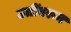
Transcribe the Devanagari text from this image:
उतीँवरून